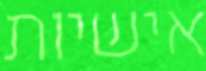
אישיות